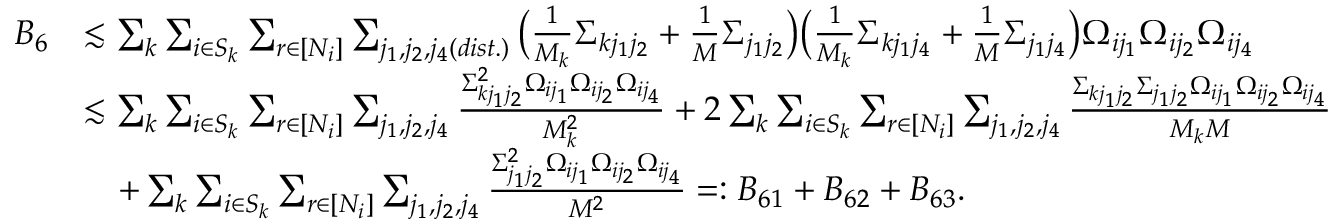
\begin{array} { r l } { B _ { 6 } } & { \lesssim \sum _ { k } \sum _ { i \in S _ { k } } \sum _ { r \in [ N _ { i } ] } \sum _ { j _ { 1 } , j _ { 2 } , j _ { 4 } ( d i s t . ) } \big ( \frac { 1 } { M _ { k } } \Sigma _ { k j _ { 1 } j _ { 2 } } + \frac { 1 } { M } \Sigma _ { j _ { 1 } j _ { 2 } } \big ) \big ( \frac { 1 } { M _ { k } } \Sigma _ { k j _ { 1 } j _ { 4 } } + \frac { 1 } { M } \Sigma _ { j _ { 1 } j _ { 4 } } \big ) \Omega _ { i j _ { 1 } } \Omega _ { i j _ { 2 } } \Omega _ { i j _ { 4 } } } \\ & { \lesssim \sum _ { k } \sum _ { i \in S _ { k } } \sum _ { r \in [ N _ { i } ] } \sum _ { j _ { 1 } , j _ { 2 } , j _ { 4 } } \frac { \Sigma _ { k j _ { 1 } j _ { 2 } } ^ { 2 } \Omega _ { i j _ { 1 } } \Omega _ { i j _ { 2 } } \Omega _ { i j _ { 4 } } } { M _ { k } ^ { 2 } } + 2 \sum _ { k } \sum _ { i \in S _ { k } } \sum _ { r \in [ N _ { i } ] } \sum _ { j _ { 1 } , j _ { 2 } , j _ { 4 } } \frac { \Sigma _ { k j _ { 1 } j _ { 2 } } \Sigma _ { j _ { 1 } j _ { 2 } } \Omega _ { i j _ { 1 } } \Omega _ { i j _ { 2 } } \Omega _ { i j _ { 4 } } } { M _ { k } M } } \\ & { \quad + \sum _ { k } \sum _ { i \in S _ { k } } \sum _ { r \in [ N _ { i } ] } \sum _ { j _ { 1 } , j _ { 2 } , j _ { 4 } } \frac { \Sigma _ { j _ { 1 } j _ { 2 } } ^ { 2 } \Omega _ { i j _ { 1 } } \Omega _ { i j _ { 2 } } \Omega _ { i j _ { 4 } } } { M ^ { 2 } } = : B _ { 6 1 } + B _ { 6 2 } + B _ { 6 3 } . } \end{array}